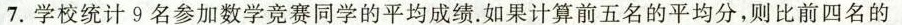
7.学校统计9名参加数学竞赛同学的平均成绩。如果计算前五名的平均分，则比前四名的